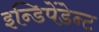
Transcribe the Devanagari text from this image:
इन्डिपेंडेन्ट